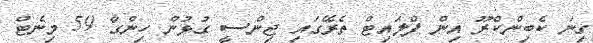
ގިނަ ކެބިންކްރޫ އިން ފްލައިޓް ތެރޭގައި ޖިންސީ ގުޅުން ހިންގާ 59 މިނެޓް